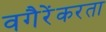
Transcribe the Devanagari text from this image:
वगैरेंकरता